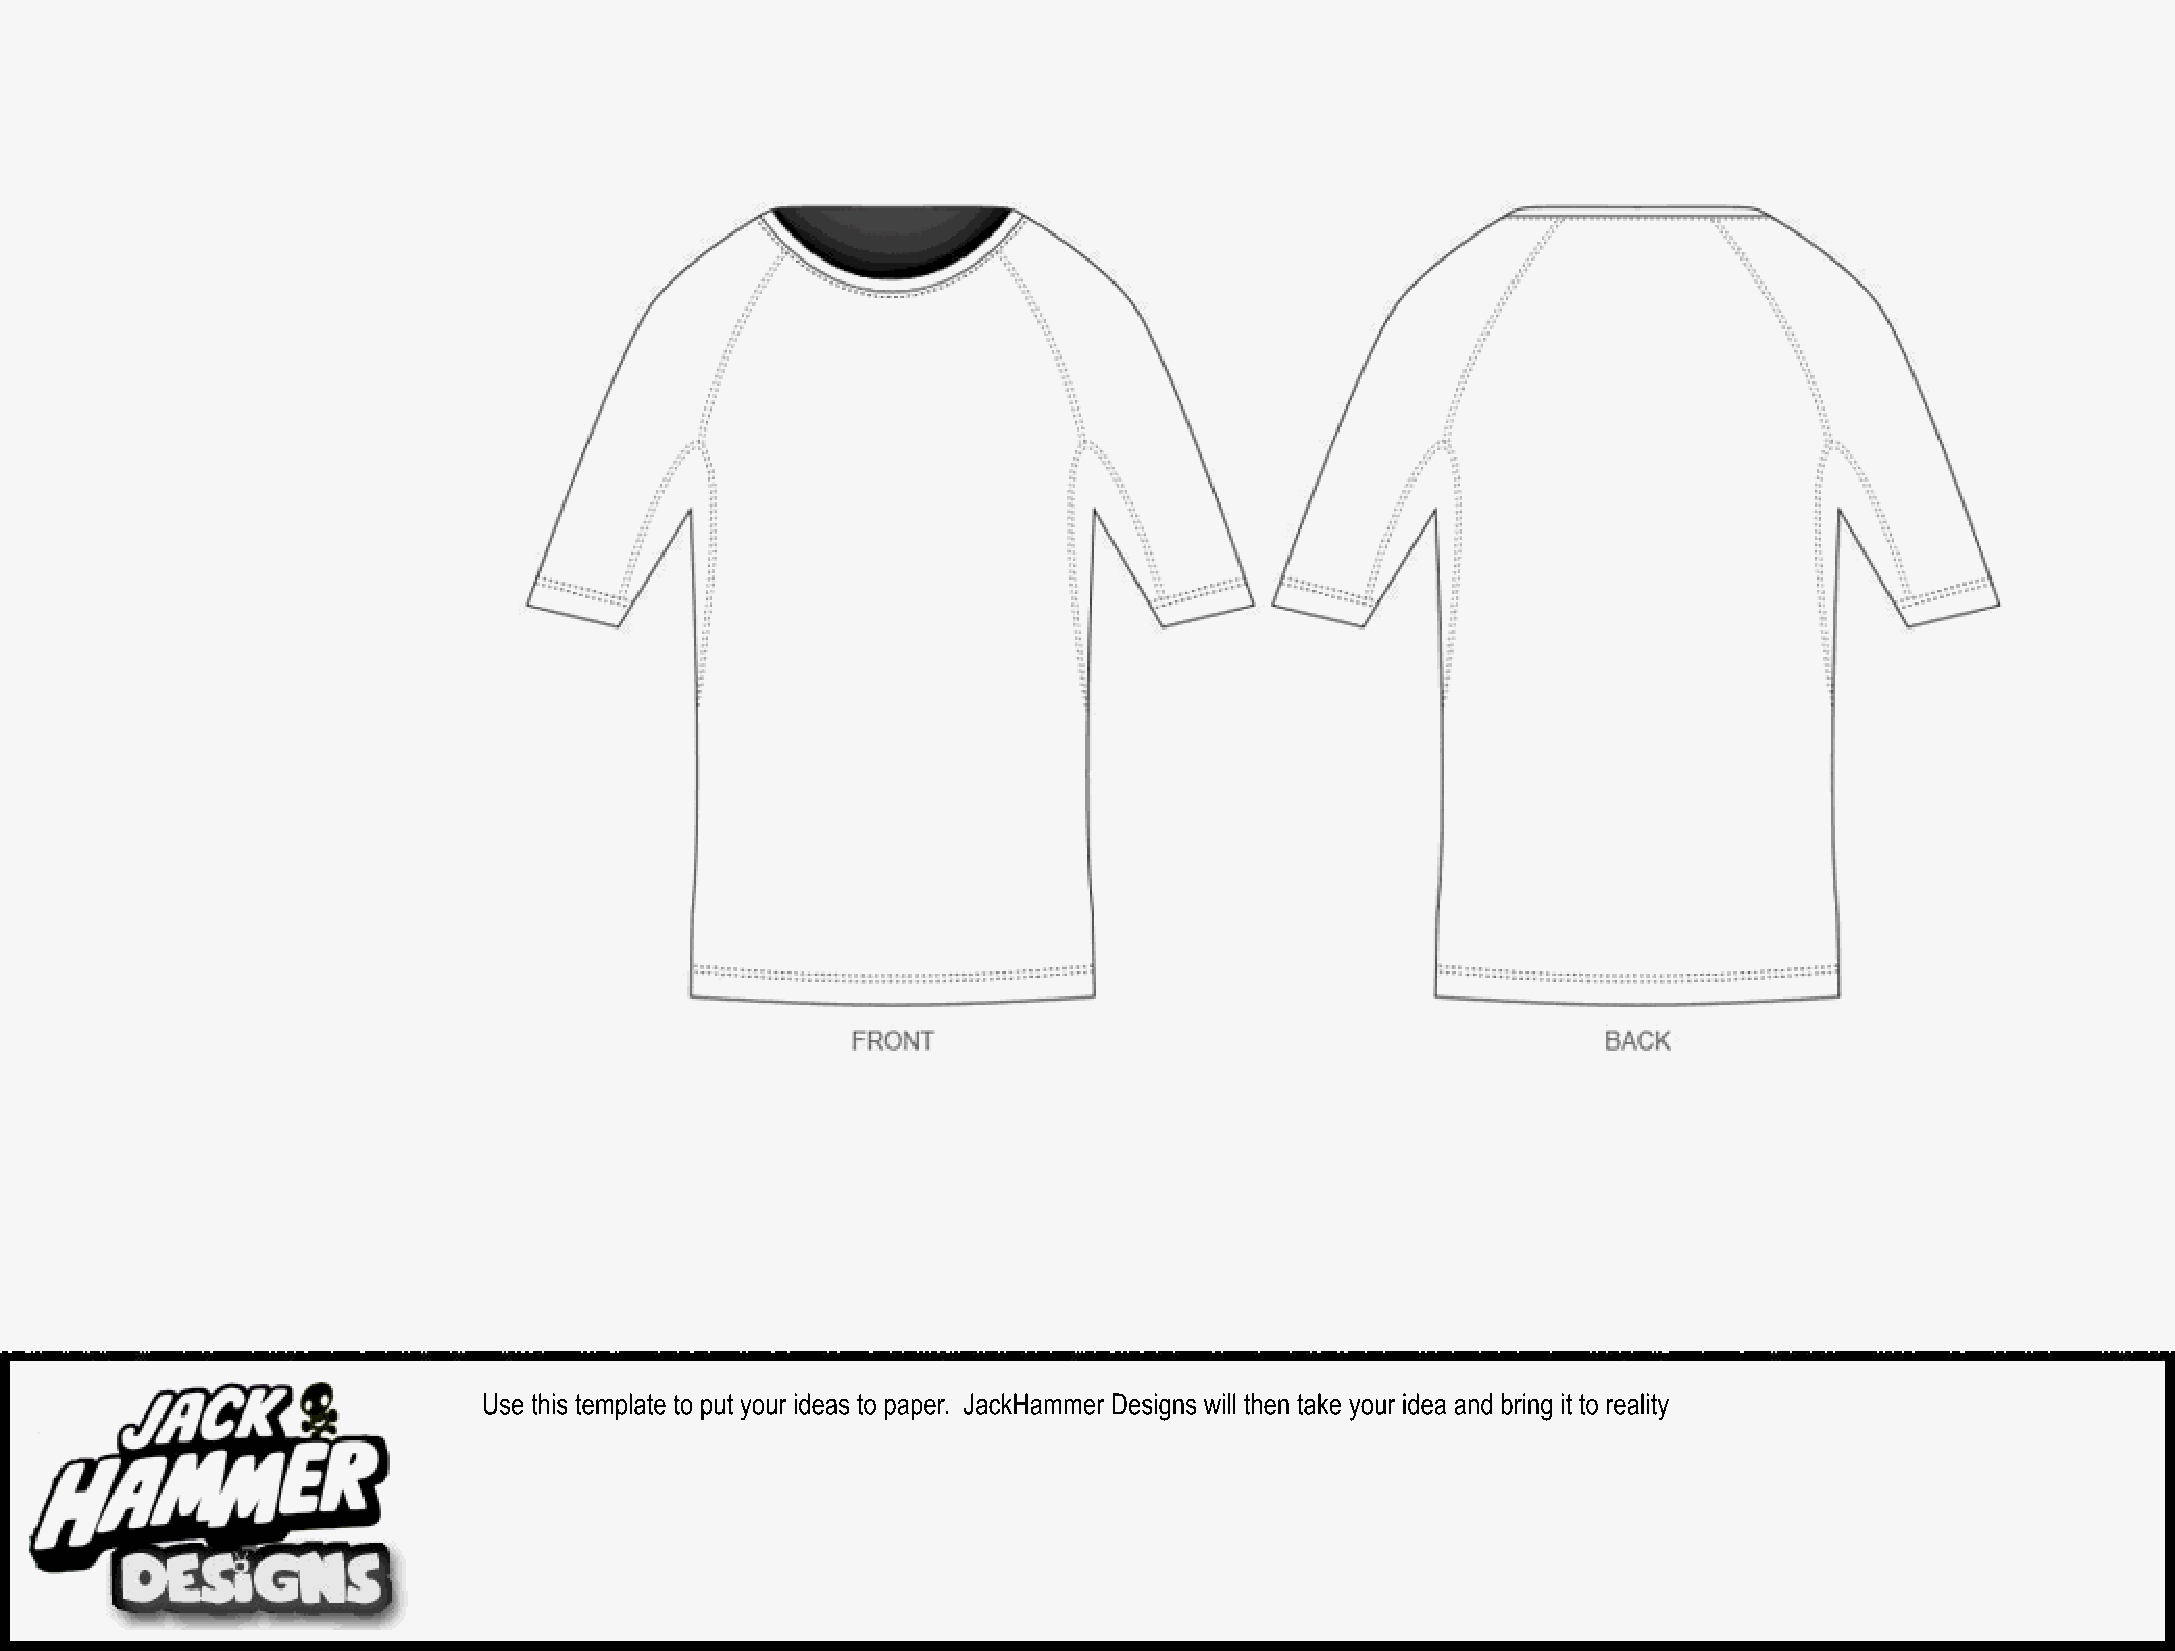
Use this template to put your ideas to paper. JackHammer Designs will then take your idea and bring it to reality